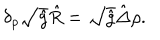
LaTeX: { \delta _ { \rho } } \sqrt { \hat { g } } \hat { R } = \sqrt { \hat { g } } \hat { \Delta } \rho .